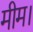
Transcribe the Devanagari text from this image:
मीम।